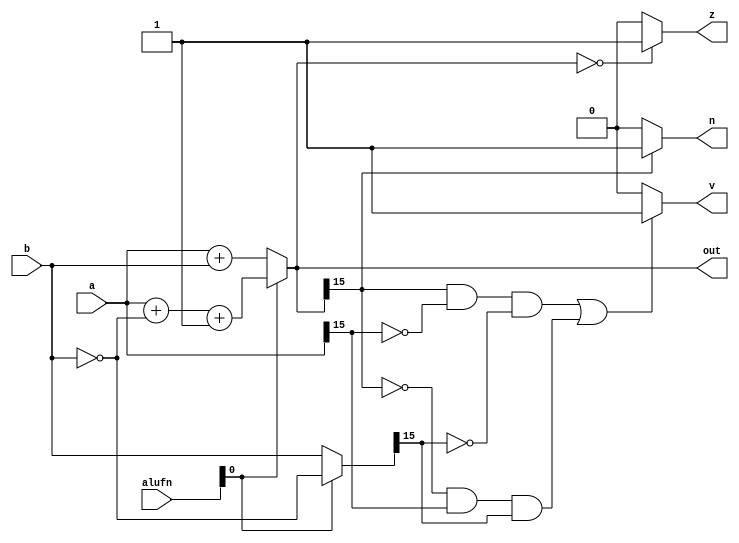
/*
   This file was generated automatically by the Mojo IDE version B1.3.6.
   Do not edit this file directly. Instead edit the original Lucid source.
   This is a temporary file and any changes made to it will be destroyed.
*/

module adder_16 (
    input [15:0] a,
    input [15:0] b,
    output reg [15:0] out,
    output reg z,
    output reg v,
    output reg n,
    input [6:0] alufn
  );
  
  
  
  reg [15:0] msbout;
  
  reg [15:0] xb;
  
  always @* begin
    if (alufn[0+0-:1] == 1'h0) begin
      xb = $signed(b);
      msbout = $signed(a) + $signed(xb);
    end else begin
      xb = ~b;
      msbout = $signed(a) + $signed(xb) + 1'h1;
    end
    if (msbout == 1'h0) begin
      z = 1'h1;
    end else begin
      z = 1'h0;
    end
    if (msbout[15+0-:1] == 1'h1) begin
      n = 1'h1;
    end else begin
      n = 1'h0;
    end
    if ((msbout[15+0-:1] == 1'h1 && a[15+0-:1] == 1'h0 && xb[15+0-:1] == 1'h0) || (msbout[15+0-:1] == 1'h0 && a[15+0-:1] == 1'h1 && xb[15+0-:1] == 1'h1)) begin
      v = 1'h1;
    end else begin
      v = 1'h0;
    end
    out = msbout[0+15-:16];
  end
endmodule